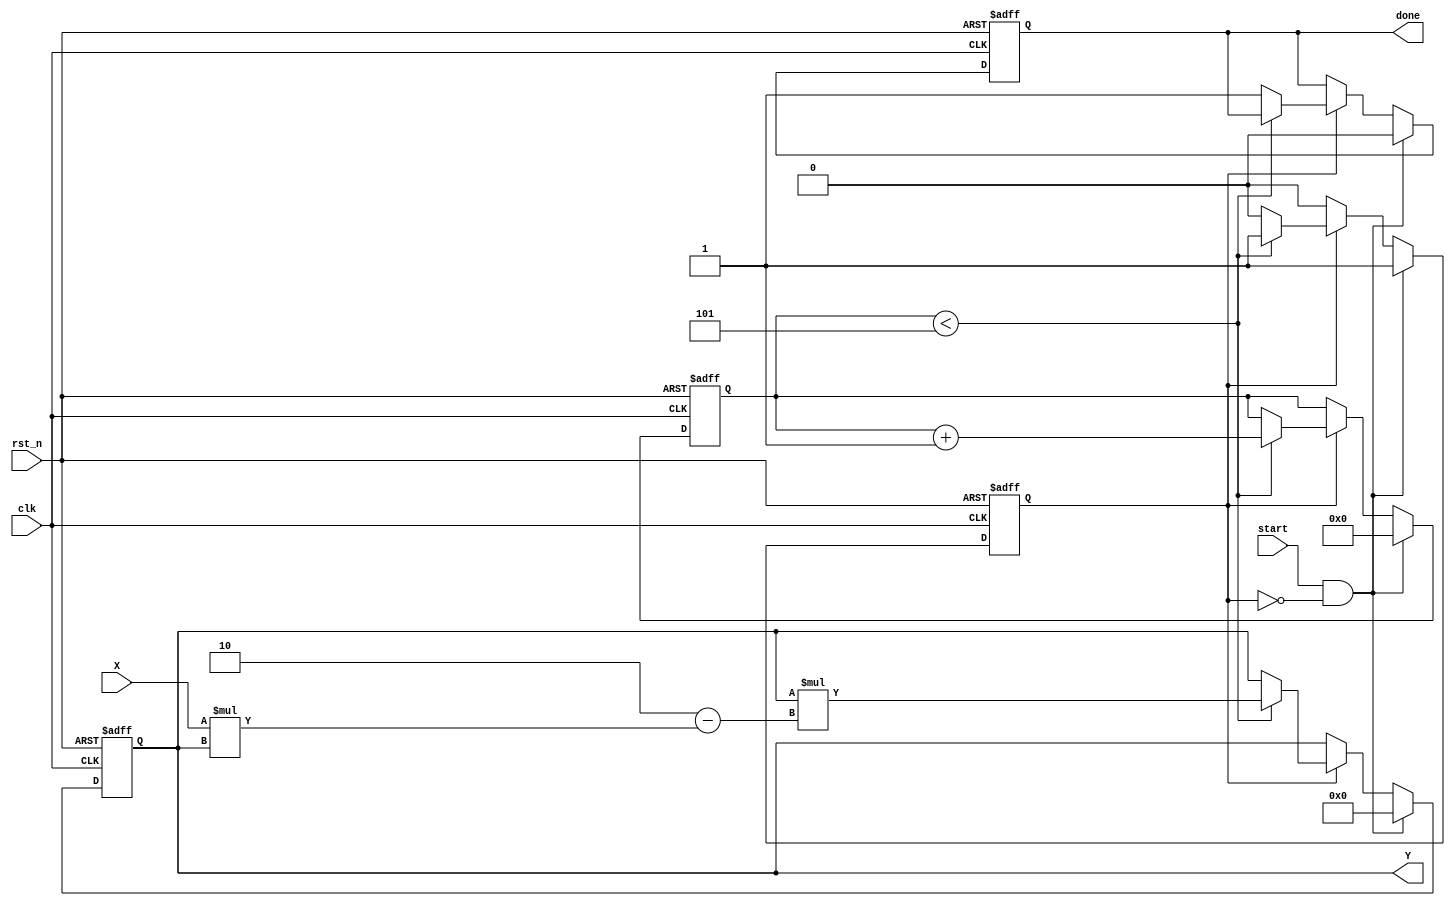
module iterative_reciprocal #(
    parameter WIDTH = 16,         // Width of input and output
    parameter ITERATIONS = 5      // Number of iterations for convergence
)(
    input  wire clk,              // Clock signal
    input  wire rst_n,            // Active low reset
    input  wire start,            // Start signal for computation
    input  wire [WIDTH-1:0] X,    // Input value
    output reg  [WIDTH-1:0] Y,     // Output reciprocal value
    output reg  done              // Done signal
);

    reg [WIDTH-1:0] Y_next;       // Next value for Y
    reg [3:0] iteration_count;     // Counter for iterations
    reg computing;                 // Flag to indicate computation in progress

    // Initial guess for reciprocal (1.0 in fixed-point)
    initial begin
        Y = {1'b0, {WIDTH-1{1'b0}}}; // Initialize Y to 0.5 (fixed-point representation)
        done = 0;
        iteration_count = 0;
        computing = 0;
    end

    always @(posedge clk or negedge rst_n) begin
        if (!rst_n) begin
            Y <= {1'b0, {WIDTH-1{1'b0}}}; // Reset Y
            done <= 0;
            iteration_count <= 0;
            computing <= 0;
        end else begin
            if (start && !computing) begin
                // Start computation
                computing <= 1;
                Y <= {1'b0, {WIDTH-1{1'b0}}}; // Initial guess (1.0 in fixed-point)
                iteration_count <= 0;
                done <= 0;
            end else if (computing) begin
                // Iterative computation
                if (iteration_count < ITERATIONS) begin
                    Y_next = Y * (2 - X * Y); // Update Y using Newton-Raphson formula
                    Y <= Y_next;
                    iteration_count <= iteration_count + 1;
                end else begin
                    // Finished computation
                    computing <= 0;
                    done <= 1;
                end
            end
        end
    end

endmodule